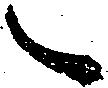
々